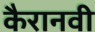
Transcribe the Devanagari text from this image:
कैरानवी